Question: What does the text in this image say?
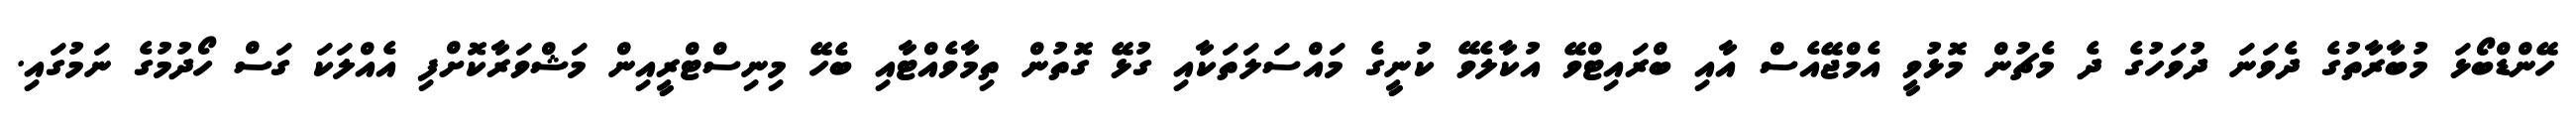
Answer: ހޭންޑްބޯޅަ މުބާރާތުގެ ދެވަނަ ދުވަހުގެ ދެ މެޗުން މޮޅުވީ އެމްޖޭއެސް އާއި ބްރައިޓްވޭ އުކާލެވޭ ކުނީގެ މައްސަލަތަކާއި ގުޅޭ ގޮތުން ތިމާވެއްޓާއި ބެހޭ މިނިސްޓްރީއިން މަޝްވަރާކޮށްފި އެއްލަކަ ގަސް ހޯދުމުގެ ނަމުގައި.